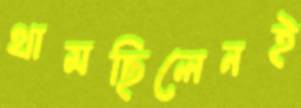
থামছিলেনই